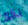
يقع